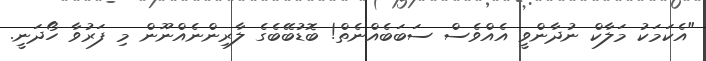
"އެކަމަކު މަލާކް ނުދާންވީ އެއްވެސް ސަބަބެއްނެތް! ބޮޑުބޭބެގެ ލާރިންނެއްނޫން މި ފަރުވާ ހޯދަނީ.